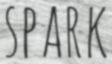
SPARK